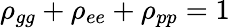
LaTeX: \rho_{gg}+\rho_{ee}+\rho_{pp}=1